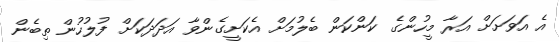
އެ އަވަށަށް އަރާ މީހުންގެ ކަންކަން ބެލުމަށް އެކަށީގެންވާ އަދަދަކަށް ފުލުހުން ތިބެން